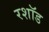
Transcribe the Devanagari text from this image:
रशॉड